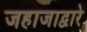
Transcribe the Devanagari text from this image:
जहाजाद्वारे